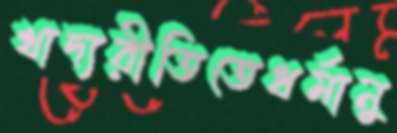
খাদ্যরীতিতেধর্মানু